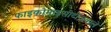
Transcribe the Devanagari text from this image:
फाइकोमाइसीटीज़वाले